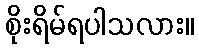
စိုးရိမ်ရပါသလား။